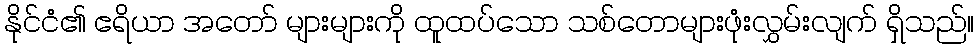
နိုင်ငံ၏ ဧရိယာ အတော် များများကို ထူထပ်သော သစ်တောများဖုံးလွှမ်းလျက် ရှိသည်။